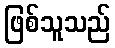
ဖြစ်သူသည်